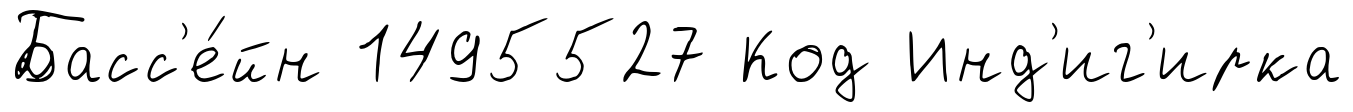
Басс'е́йн 1495527 Код Инд'иг'ирка